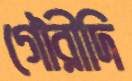
গৌরীদি